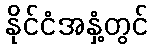
နိုင်ငံအနှံ့တွင်